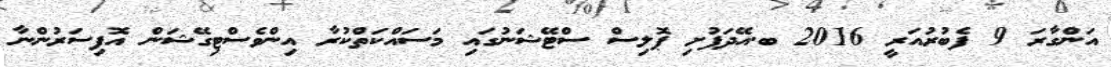
އަންގާރަ 9 ފެބުރުއަރީ 2016 ބ.އޭދަފުށި ޕޮލިސް ސްޓޭޝަނުގައި މަސައްކަތްކުރާ އިންވެސްޓިގޭޝަން އޮފިސަރުންނާ